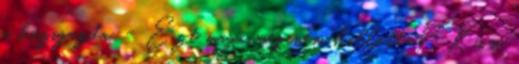
a házigazda. - Ezt maga még nem hallotta? Kicsi